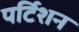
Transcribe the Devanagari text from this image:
पर्टिशन